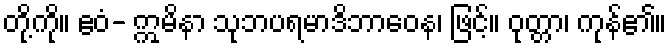
တို့ကို။ ဧဝံ- ဣမိနာ သုဘပရမာဒိဘာဝေန၊ ဖြင့်။ ဝုတ္တာ၊ ကုန်၏။